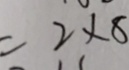
= 2 \times 8